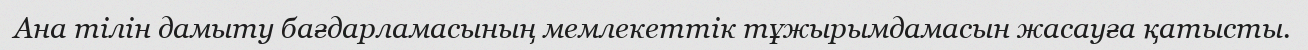
Ана тілін дамыту бағдарламасының мемлекеттік тұжырымдамасын жасауға қатысты.